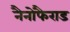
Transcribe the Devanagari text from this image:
नैनोफैराड